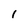
Character: 1